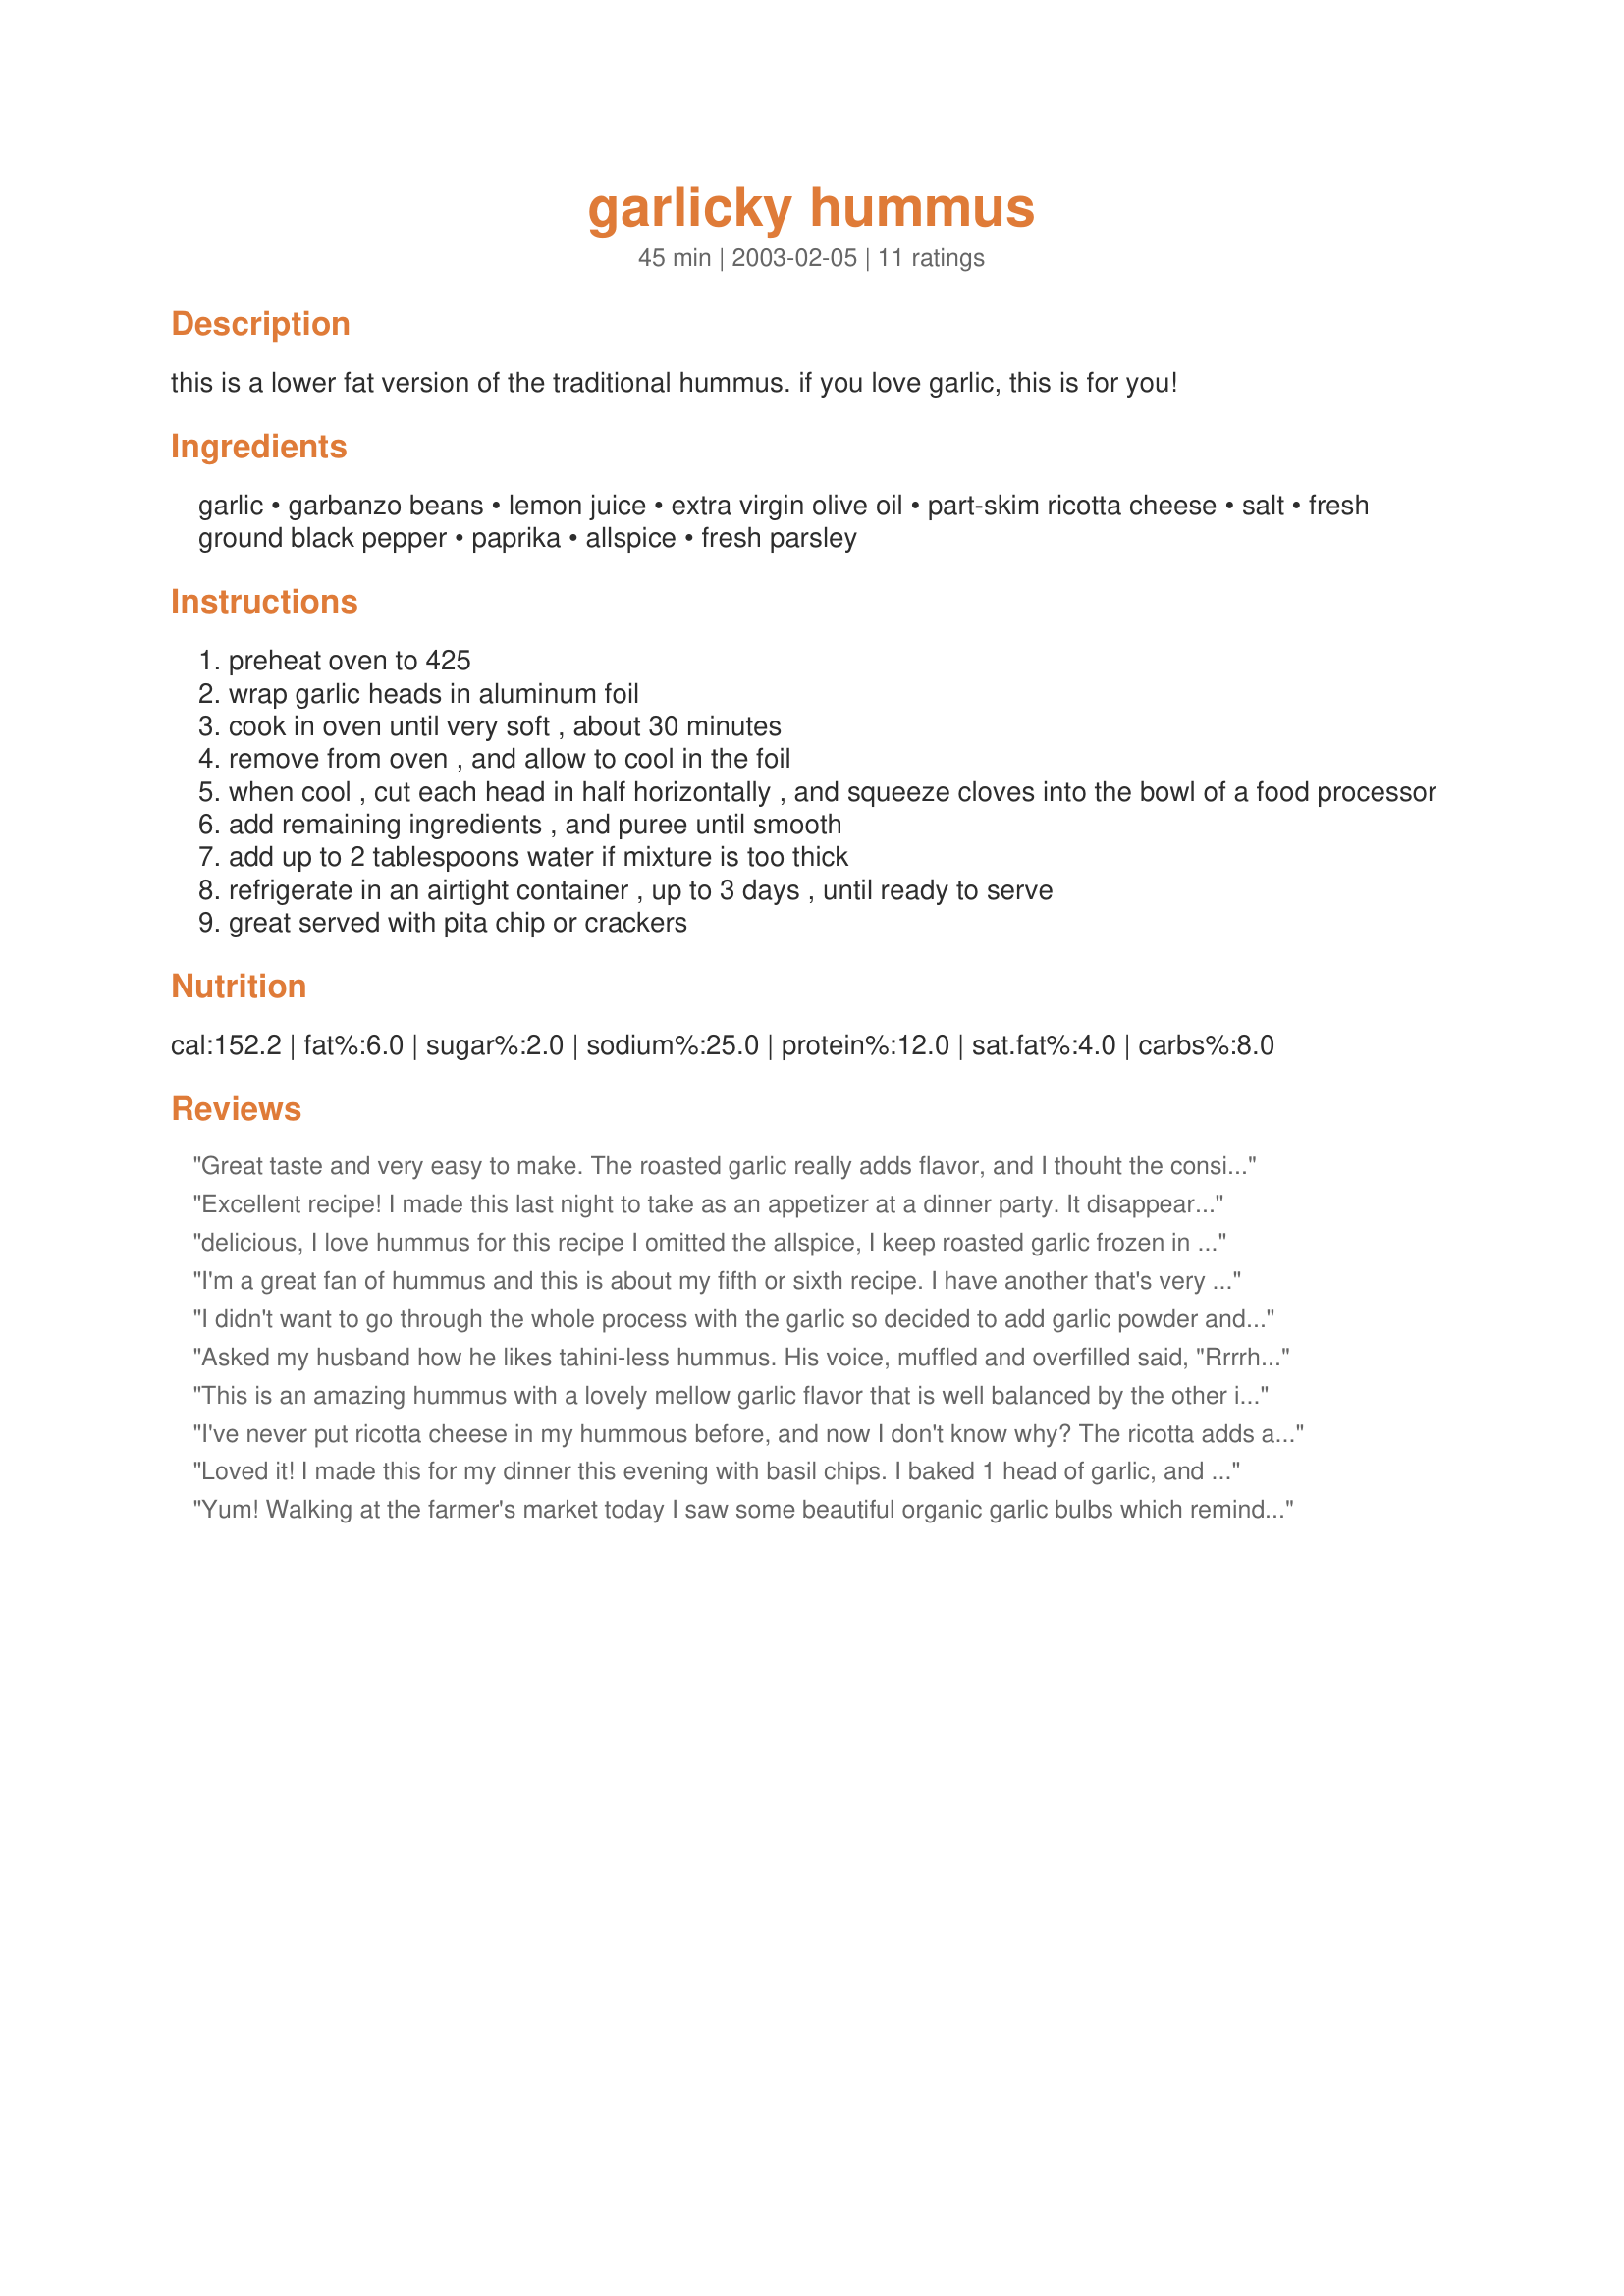
garlicky hummus
Preparation time: 45 minutes

this is a lower fat version of the traditional hummus. if you love garlic, this is for you!

Ingredients:
garlic, garbanzo beans, lemon juice, extra virgin olive oil, part-skim ricotta cheese, salt, fresh ground black pepper, paprika, allspice, fresh parsley

Steps:
preheat oven to 425
wrap garlic heads in aluminum foil
cook in oven until very soft , about 30 minutes
remove from oven , and allow to cool in the foil
when cool , cut each head in half horizontally , and squeeze cloves into the bowl of a food processor
add remaining ingredients , and puree until smooth
add up to 2 tablespoons water if mixture is too thick
refrigerate in an airtight container , up to 3 days , until ready to serve
great served with pita chip or crackers

Reviews:
Great taste and very easy to make. The roasted garlic really adds flavor, and I thouht the consistency was just right without adding and water. This was even better the next day, once the flavors had some time to mingle. Served with toasted pita bread.
Excellent recipe! I made this last night to take as an appetizer at a dinner party. It disappeared as quickly as I put it down. The munchers couldn't get enough! I have to admit that I didn't have any ricotta (some gremlin cleaned out the fridge without telling me!) so I substituted low fat sour cream. Didn't seem to make a difference. But I think that the roasted garlic is the key ingredient here. You absolutely must roast the garlic as it brings the hummus to a whole new level! Thanks so much for this great recipe....I won't make hummus any other way now!
delicious, I love hummus for this recipe I omitted the allspice, I keep roasted garlic frozen in my freezer so this was a snap to put together, thanks for sharing Sharon this will be enjoyed later today with chips :)
I'm a great fan of hummus and this is about my fifth or sixth recipe. I have another that's very much like this in that it has lots of roasted garlic (tastes great, very mellow when cooked). What's new with this recipe is the ricotta, which gives this a very smooth flavor and texture. I actually had this for supper for a couple nights running, with Syrian pita wedges (brushed w/ olive oil, sprinkled w/ basil, parmesan & cayenne, baked 10 min at 350F) to dip in it. Good show, Sharon!
I didn't want to go through the whole process with the garlic so decided to add garlic powder and at the end forgot all about it. still this is the best hummus I ever tasted and is definetely a keeper
Asked my husband how he likes tahini-less hummus. His voice, muffled and overfilled said, "Rrrrhis rooood!" I was inexplicably happy not to miss that spectacle. Made for PRMR.
This is an amazing hummus with a lovely mellow garlic flavor that is well balanced by the other ingredients. The cheese is a wonderful heathly replacement to the traditional tahini. Didn't have any ricotta so I used cottage cheese instead. Otherwise followed recipe as stated.
I've never put ricotta cheese in my hummous before, and now I don't know why? The ricotta adds a wonderful flavor to the hummous. And the roasted garlic, WOW! This is really special hummous! I added just a drop of basil-infused oil to the mix, served this with some fresh pita, and yowza! My youngest took this off to school with her this morning with some toasted pita. Thanks, Sharon, living in the Middle East I've eaten a lot of hummous, but this one was superb!
Loved it!
I made this for my dinner this evening with basil chips. I baked 1 head of garlic, and used cottage cheese in place of the ricotta. I also used smoked paprika..wonderful, yummy and absolutely will be made time and again! Thank You for sharing this winner Sharon123!
Yum! Walking at the farmer's market today I saw some beautiful organic garlic bulbs which reminded me that I had tagged this recipe for a game! I'm so glad! I took toni's suggestion and used fat free cottage cheese in place of the ricotta. It was such a wonderful melange of flavors.. I had to leave off the paprika because I found that I was out. Next time I'll include it. I love hummus but don't eat it often because of the fat content. This will be a staple. Thanks.
I used sour cream instead of ricotta too, but LOVE THE RECIPE! I used fresh basil and did it up in the food processor. WOW! I am a huge fan of Trader Joe's Mediterranean hummus, but not huge on Sabra's brand! This hit the spot and even better it was homemade! Thanks for sharing a great recipe!
